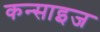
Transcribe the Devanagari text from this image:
कन्साइज